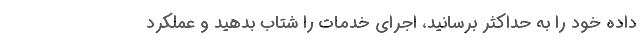
داده خود را به حداکثر برسانید، اجرای خدمات را شتاب بدهید و عملکرد